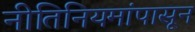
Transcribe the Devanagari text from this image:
नीतिनियमांपासून